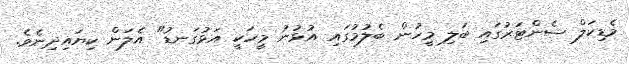
މެޑިކަލް ސެންޓަރުގައި ބަލި މީހުން ބެލުމުގައި އުޅުނު މީހަކީ އަޅުގަނޑު" އެލަން ކިޔައިދިނެވެ.